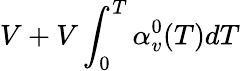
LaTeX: V+V\int_{0}^{T}\alpha_{v}^{0}(T)dT